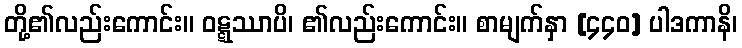
တို့၏လည်းကောင်း။ ဝဋ္ဋဿာပိ၊ ၏လည်းကောင်း။ စာမျက်နှာ [၄၄၀] ပါဒကာနိ၊